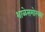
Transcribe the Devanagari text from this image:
शाळेसमोरच्या